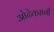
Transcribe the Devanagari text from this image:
ओढेकरानी